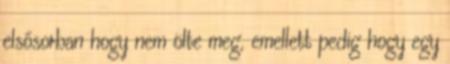
elsősorban hogy nem ölte meg, emellett pedig hogy egy